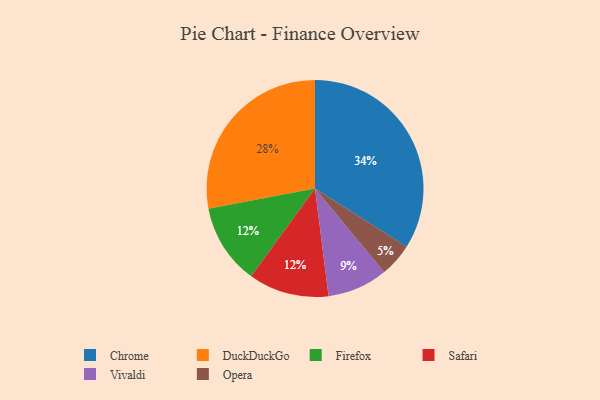
{"axis": {"x": "Category", "y": "Percentage"}, "legend": ["Chrome", "DuckDuckGo", "Firefox", "Opera", "Safari", "Vivaldi"], "data": [{"x": "Vivaldi", "y": 9, "type": "Vivaldi"}, {"x": "Firefox", "y": 12, "type": "Firefox"}, {"x": "Chrome", "y": 34, "type": "Chrome"}, {"x": "DuckDuckGo", "y": 28, "type": "DuckDuckGo"}, {"x": "Opera", "y": 5, "type": "Opera"}, {"x": "Safari", "y": 12, "type": "Safari"}]}